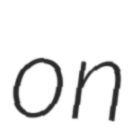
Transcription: on